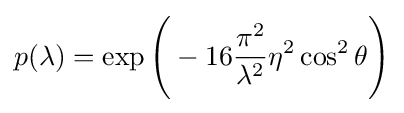
p(\lambda )=\exp {\Bigg (}-16{\frac {\pi ^{2}}{\lambda ^{2}}}\eta ^{2}\cos ^{2}\theta {\Bigg )}